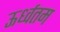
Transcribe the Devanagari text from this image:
ऊर्ध्वतम